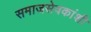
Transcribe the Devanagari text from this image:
समाजसेवकांशी